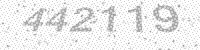
Solution: 442119